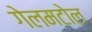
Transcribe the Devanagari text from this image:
गेलमटोल